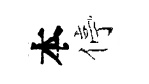
本停